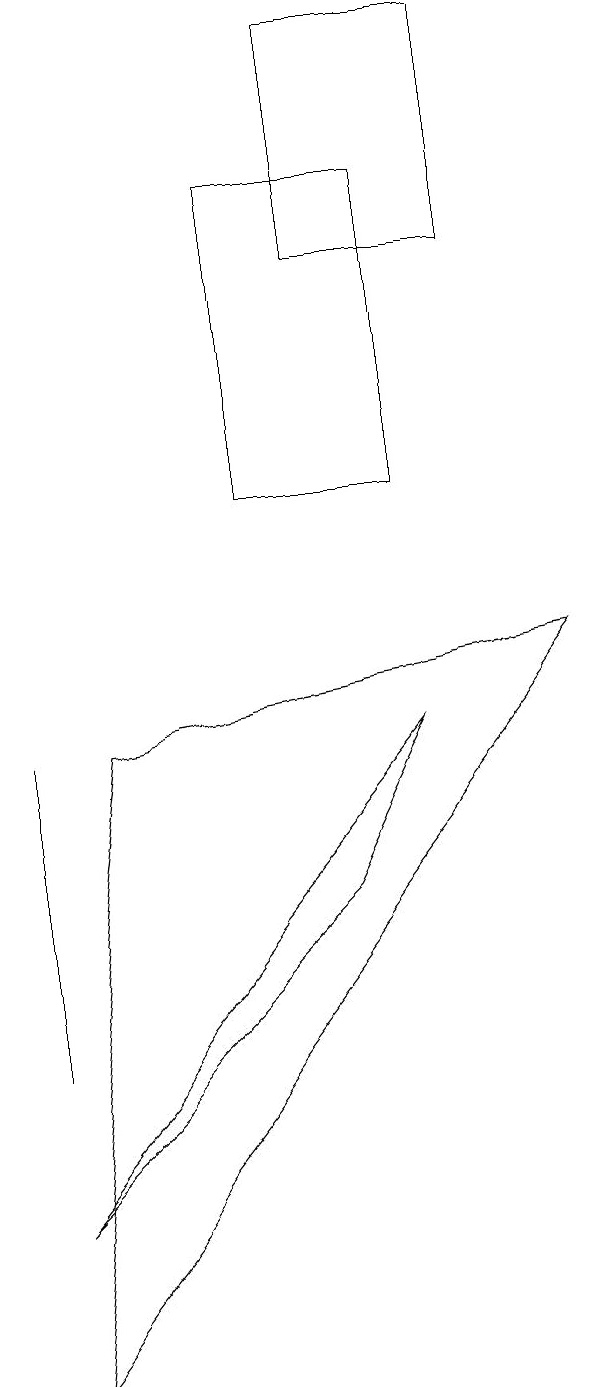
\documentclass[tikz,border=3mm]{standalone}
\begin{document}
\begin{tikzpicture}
\draw (0,6) -- (0,8) -- (0,4) -- cycle;
\draw (4,17) rectangle (6,14);
\draw (7,9) -- (0,0) -- (1,8) -- cycle;
\draw (5,8) -- (0,2) -- (4,6) -- cycle;
\draw (3,15) rectangle (5,11);
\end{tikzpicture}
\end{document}